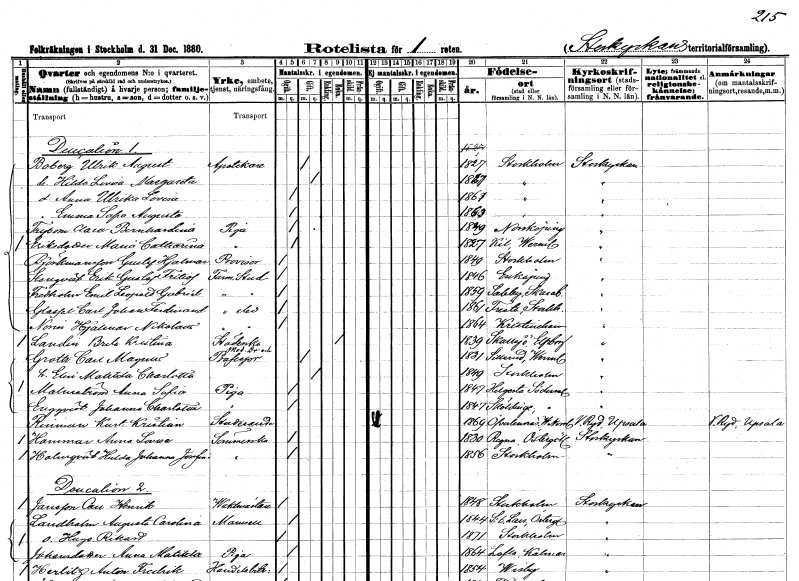
gt_parse: households: individuals: FN: Ulrik August
EN: Boberg
YRKE: Apotekare
KON: M
CIV: G
FODAR: 1827
FODFORS: Stockholm
FN: Hilda Lovisa Margareta
KON: K
CIV: G
FODAR: 1827
FODFORS: Stockholm
FN: Anna Ulrika Lovisa
KON: K
CIV: O
FODAR: 1867
FODFORS: Stockholm
FN: Emma Sofia Augusta
KON: K
CIV: O
FODAR: 1863
FODFORS: Stockholm
FN: Clara Bernhardina
EN: Frybom
YRKE: Piga
KON: K
CIV: O
FODAR: 1849
FODFORS: Norrköping Östergötlands län
FN: Maria Catharina
EN: Eriksdotter
YRKE: Piga
KON: K
CIV: O
FODAR: 1827
FODFORS: Kil Värmlands län
FN: Gustaf Hjalmar
EN: Björkmansson
YRKE: Provisor
KON: M
CIV: O
FODAR: 1849
FODFORS: Stockholm
FN: Erik Gustaf Fritiof
EN: Stenqvist
YRKE: Farm. student
KON: M
CIV: O
FODAR: 1846
FODFORS: Enköping Uppsala län
FN: Emil Leopold Gabriel
EN: Fredholm
YRKE: Farm. student
KON: M
CIV: O
FODAR: 1859
FODFORS: Saleby Skaraborgs län
FN: Carl Johan Ferdinand
EN: Glassel
YRKE: Farmaceutelev
KON: M
CIV: O
FODAR: 1861
FODFORS: Fresta Stockholms län
FN: Hjalmar Nikolaus
EN: Norin
YRKE: Farmaceutelev
KON: M
CIV: O
FODAR: 1864
FODFORS: Kristinehamn Värmlands län
FN: Brita Kristina
EN: Landin
YRKE: Städerska
KON: K
CIV: E
FODAR: 1839
FODFORS: Skallsjö Älvsborgs län
FN: Carl Magnus
EN: Groth
YRKE: Medicine doktor Professor
KON: M
CIV: G
FODAR: 1831
FODFORS: Sillerud Värmlands län
FN: Elin Matilda Charlotta
KON: K
CIV: G
FODAR: 1849
FODFORS: Stockholm
FN: Anna Sofia
EN: Malmström
YRKE: Piga
KON: K
CIV: O
FODAR: 1847
FODFORS: Helgesta Södermanlands län
FN: Johanna Charlotta
EN: Enqqvist
YRKE: Piga
KON: K
CIV: O
FODAR: 1847
FODFORS: Sköldinge Södermanlands län
FN: Kurt Kristian
EN: Reinman
YRKE: Studerande
KON: M
CIV: O
FODAR: 1869
FODFORS: Överlännäs Västernorrlands län
FN: Anna Lovisa
EN: Hammar
YRKE: Sömmerska
KON: K
CIV: O
FODAR: 1830
FODFORS: Regna Östergötlands län
FN: Hulda Johanna Josefina
EN: Holmqvist
YRKE: Sömmerska
KON: K
CIV: O
FODAR: 1856
FODFORS: Stockholm
FN: Carl Henrik
EN: Jansson
YRKE: Vaktmästare
KON: M
CIV: O
FODAR: 1848
FODFORS: Stockholm